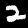
Digit: 2